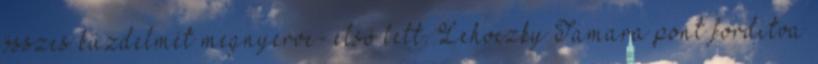
összes küzdelmét megnyerve- első lett. Lehoczky Tamara pont fordítva